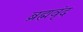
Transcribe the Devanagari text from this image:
ब्रह्मवृंद